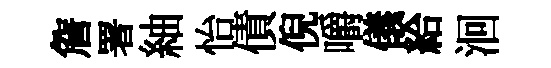
詹署紬怡債倪嚼儀給洄